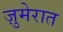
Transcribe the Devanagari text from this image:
ज़ुमेरात